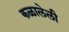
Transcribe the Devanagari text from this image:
कळालेली